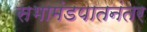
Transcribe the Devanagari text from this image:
सभामंडपातनंतर